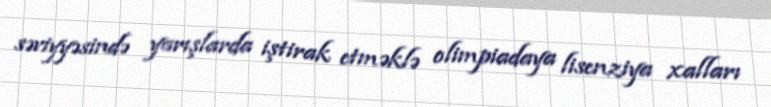
səviyyəsində yarışlarda iştirak etməklə olimpiadaya lisenziya xalları